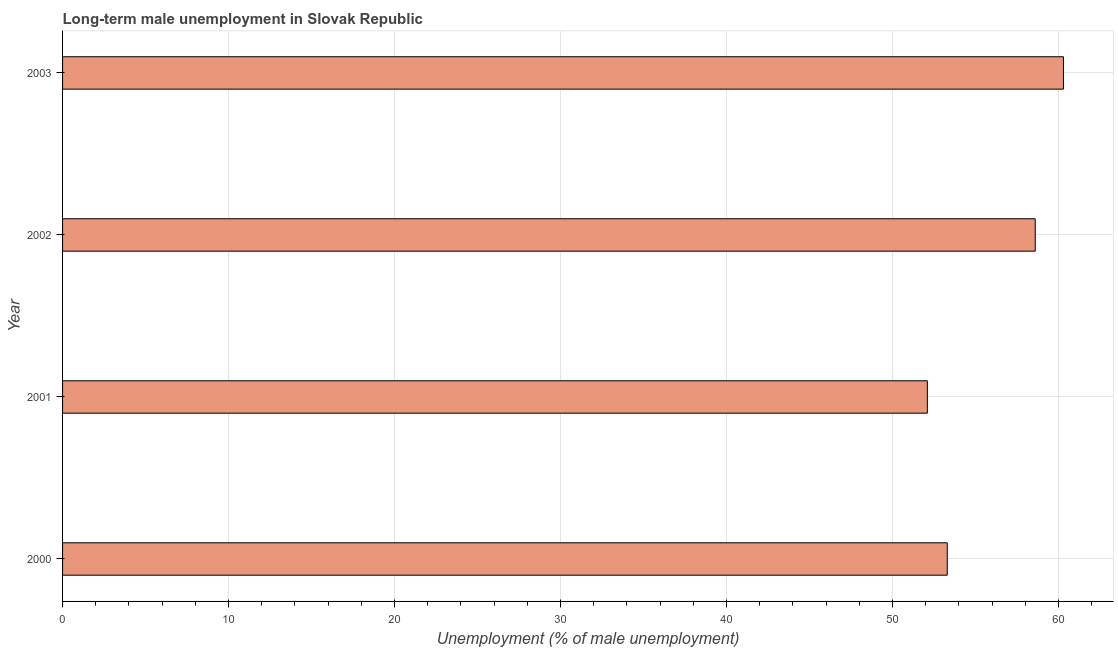
| Year | Long-term unemployment male |
 | --- | --- |
 | 2000 | 53.3 |
 | 2001 | 52.1 |
 | 2002 | 58.6 |
 | 2003 | 60.3 |